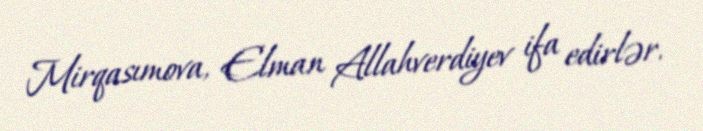
Mirqasımova, Elman Allahverdiyev ifa edirlər.